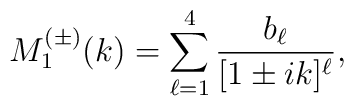
M^{(\pm)}_1(k)=\sum_{\ell=1}^{4}\frac{b_{\ell}}{[1\pm ik]^{\ell}},